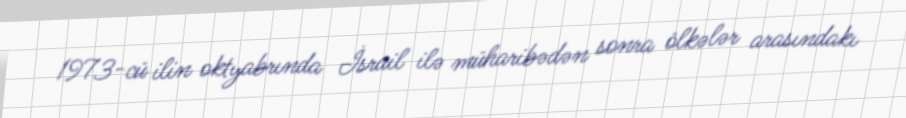
1973-cü ilin oktyabrında İsrail ilə müharibədən sonra ölkələr arasındakı